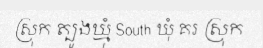
ស្រុក ត្បូងឃ្មុំ South ឃុំ គរ ស្រុក